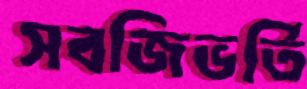
সবজিভর্তি